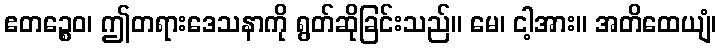
ဧတဉ္စေဝ၊ ဤတရားဒေသနာကို ရွတ်ဆိုခြင်းသည်။ မေ၊ ငါ့အား။ အတိထေယျံ၊